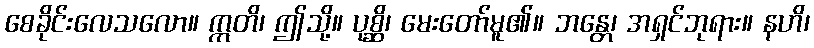
စေခိုင်းလေသလော။ ဣတိ၊ ဤသို့။ ပုစ္ဆိ၊ မေးတော်မူ၏။ ဘန္တေ၊ အရှင်ဘုရား။ နဟိ၊